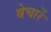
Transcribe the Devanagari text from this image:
बेचारें